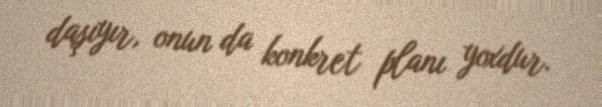
daşıyır, onun da konkret planı yoxdur.